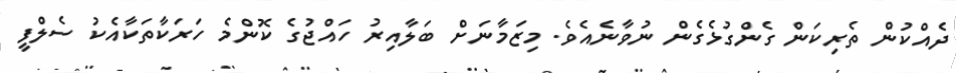
ދެއްކުން ތެރިކަން ގެންގުޅެގެން ނުވާނެއެވެ. މިޒަމާނަށް ބަލާއިރު ހައްޖުގެ ކޮންމެ ހަރަކާތަކާއެކު ސެލްފީ